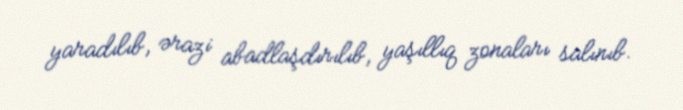
yaradılıb, ərazi abadlaşdırılıb, yaşıllıq zonaları salınıb.